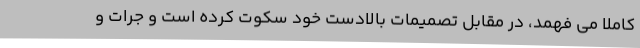
کاملا می فهمد، در مقابل تصمیمات بالادست خود سکوت کرده است و جرات و